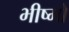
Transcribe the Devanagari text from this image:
भीष्मो